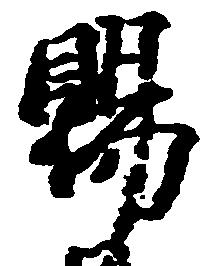
賜